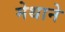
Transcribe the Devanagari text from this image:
मेथाने